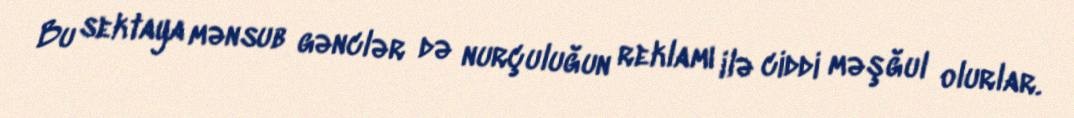
Bu sektaya mənsub gənclər də nurçuluğun reklamı ilə ciddi məşğul olurlar.